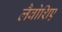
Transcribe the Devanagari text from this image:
लैवोशिए